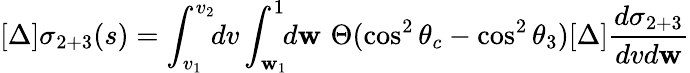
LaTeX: [\Delta]\sigma_{2+3}(s)=\int_{v_{1}}^{v_{2}}\! \! dv\int_{\mathbf{w}_{1}}^{1}\! \! d\mathbf{w}\, \, \Theta(\cos^{2}\theta_{c}-\cos^{2}\theta_{3})[\Delta]\frac{{d\sigma_{2+3}}}{{dvd\mathbf{w}}}